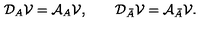
{ \cal D } _ { A } { \cal V } = { \cal A } _ { A } { \cal V } , \qquad { \cal D } _ { \bar { A } } { \cal V } = { \cal A } _ { \bar { A } } { \cal V } .